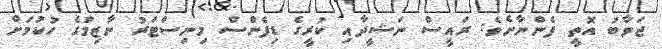
ޖަވާބު އޮތީ ފެންނާށެވެ: ރައީސް ނަޝީދާއި ކުރީގެ ޑިފެންސް މިނިސްޓަރު ނާޒިމްގެ ހުކުމަށް